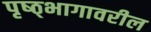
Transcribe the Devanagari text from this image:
पृष्ठ्भागावरील